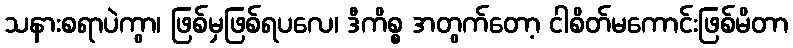
သနားစရာပဲကွာ၊ ဖြစ်မှဖြစ်ရပလေ၊ ဒီကိစ္စ အတွက်တော့ ငါစိတ်မကောင်းဖြစ်မိတာ